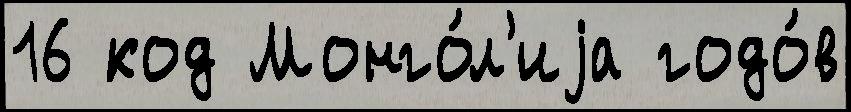
16 код Монго́л'иjа годо́в